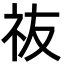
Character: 鿆